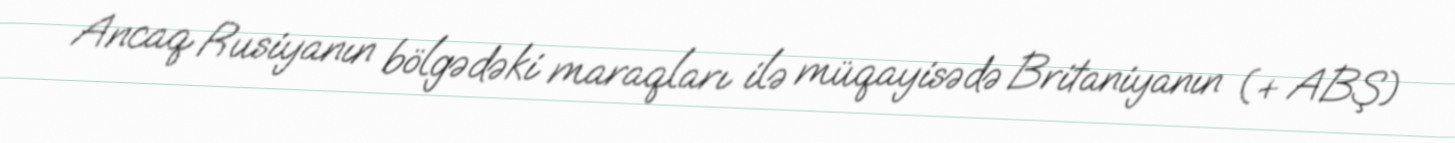
Ancaq Rusiyanın bölgədəki maraqları ilə müqayisədə Britaniyanın (+ ABŞ)